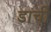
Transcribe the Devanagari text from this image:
डाची